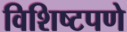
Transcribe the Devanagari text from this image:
विशिष्टपणे